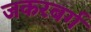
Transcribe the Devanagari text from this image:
जकरबर्ग